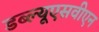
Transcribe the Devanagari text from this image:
डब्ल्यूएसवीएन